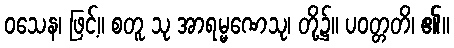
ဝသေန၊ ဖြင့်။ စတူ သု အာရမ္မဏေသု၊ တို့၌။ ပဝတ္တတိ၊ ၏။